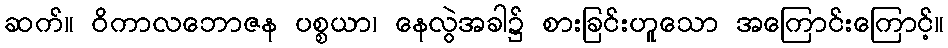
ဆက်။ ဝိကာလဘောဇန ပစ္စယာ၊ နေလွဲအခါ၌ စားခြင်းဟူသော အကြောင်းကြောင့်။